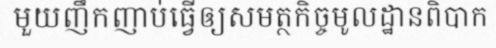
មួយញឹកញាប់ធ្វើឲ្យសមត្ថកិច្ចមូលដ្ឋានពិបាក